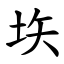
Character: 垁